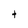
Character: t